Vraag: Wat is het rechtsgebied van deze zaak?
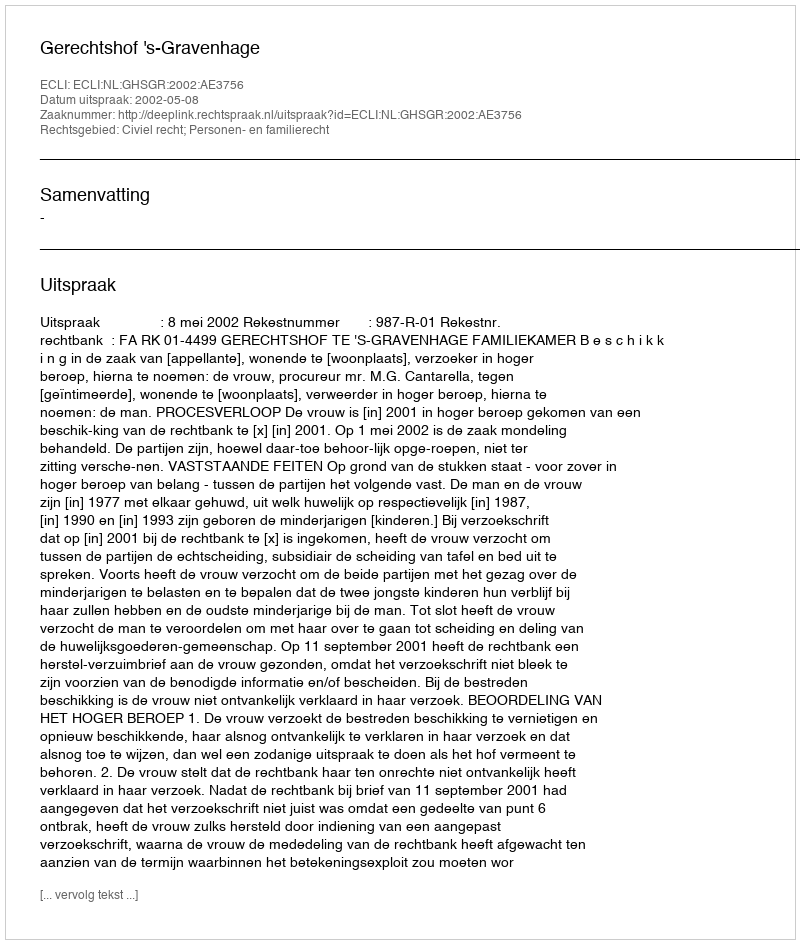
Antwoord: Civiel recht; Personen- en familierecht